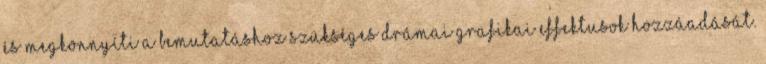
és megkönnyíti a bemutatáshoz szükséges drámai grafikai effektusok hozzáadását.